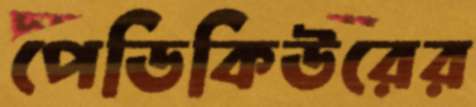
পেডিকিউরের